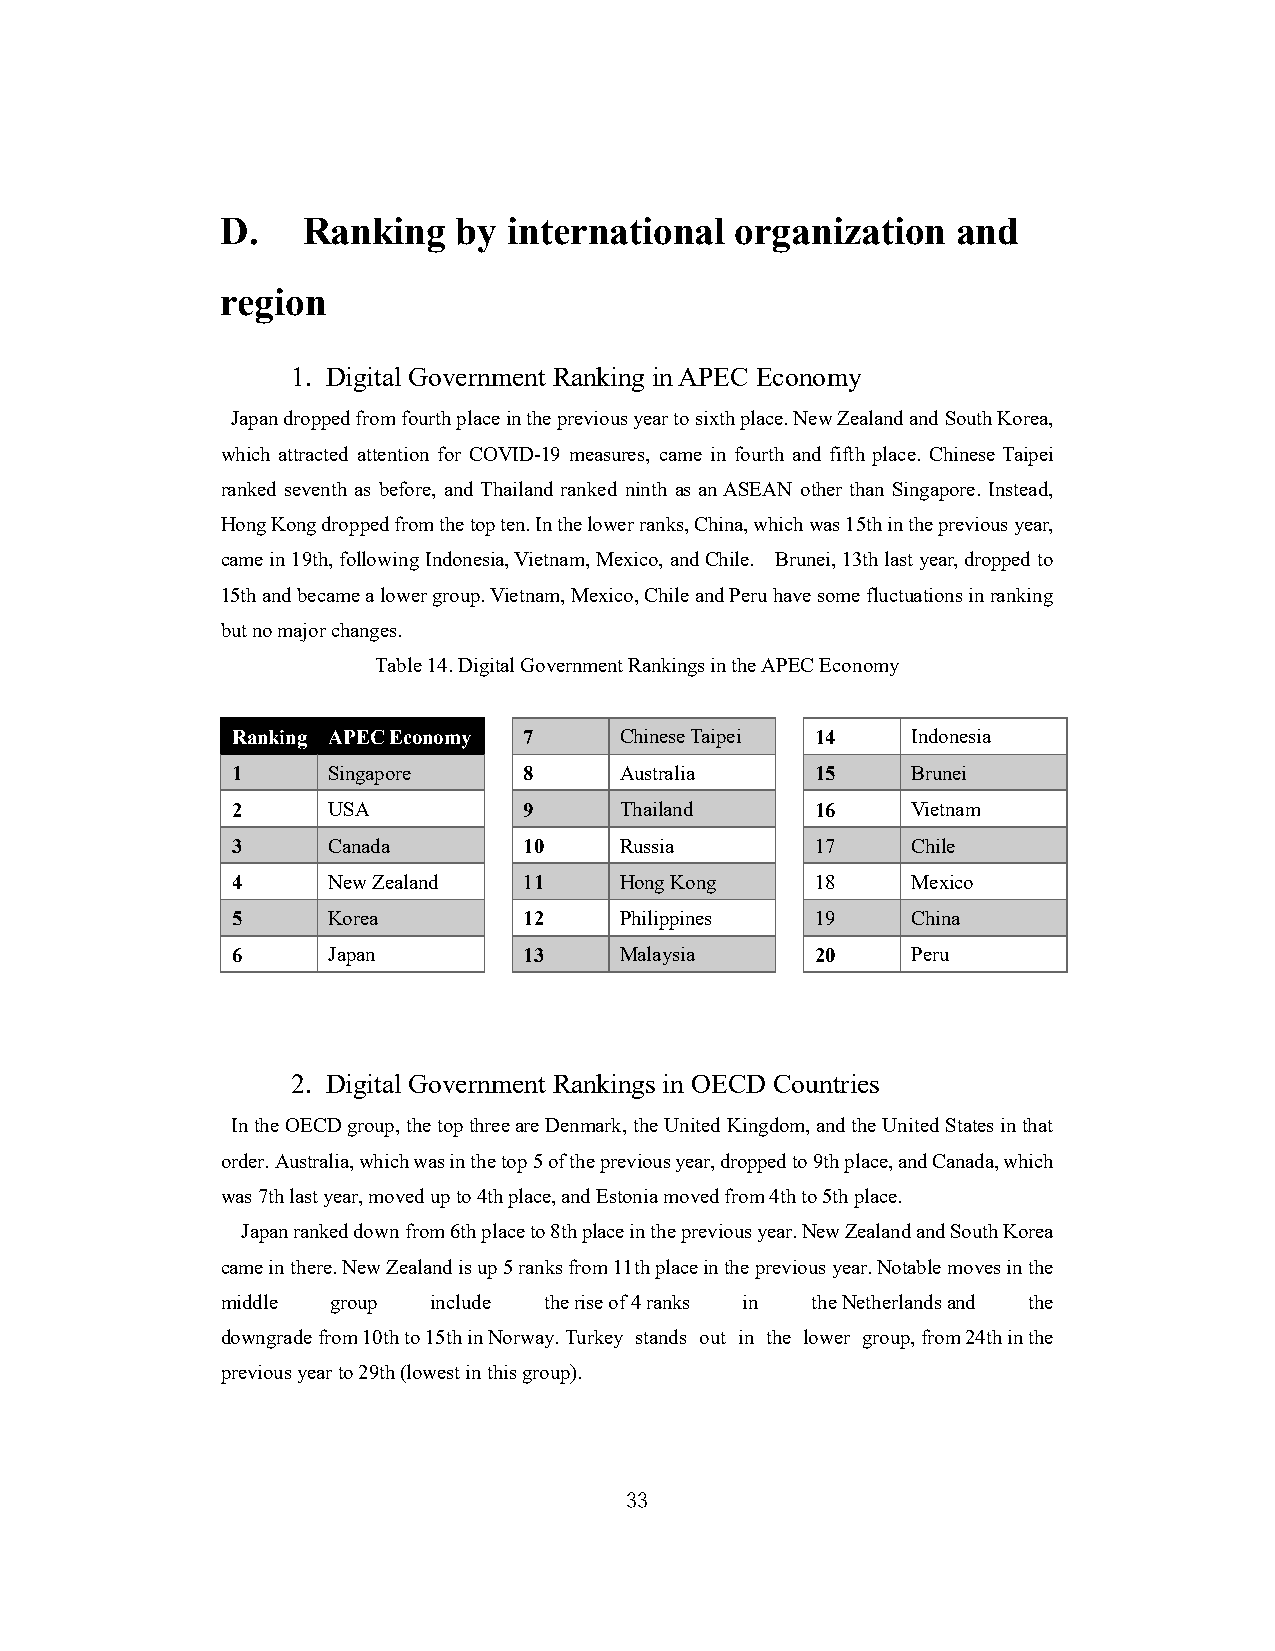
D.   Ranking   by  international  organization  and
 region
 1. Digital Government Ranking in APEC Economy
 Japan dropped from fourth place in the previous year to sixth place. New Zealand and South Korea,
 which attracted attention for COVID-19 measures, came in fourth and fifth place. Chinese Taipei
 ranked seventh as before, and Thailand ranked ninth as an ASEAN other than Singapore. Instead,
 Hong Kong dropped from the top ten. In the lower ranks, China, which was 15th in the previous year,
 came in 19th, following Indonesia, Vietnam, Mexico, and Chile. Brunei, 13th last year, dropped to
 15th and became a lower group. Vietnam, Mexico, Chile and Peru have some fluctuations in ranking
 but no major changes.
 Table 14. Digital Government Rankings in the APEC Economy
 Ranking APEC Economy 7    Chinese Taipei 14  Indonesia
 1      Singapore    8     Australia    15    Brunei
 2      USA          9     Thailand     16    Vietnam
 3      Canada       10    Russia       17    Chile
 4      New Zealand  11    Hong Kong    18    Mexico
 5      Korea        12    Philippines  19    China
 6      Japan        13    Malaysia     20    Peru
 2. Digital Government Rankings in OECD Countries
 In the OECD group, the top three are Denmark, the United Kingdom, and the United States in that
 order. Australia, which was in the top 5 of the previous year, dropped to 9th place, and Canada, which
 was 7th last year, moved up to 4th place, and Estonia moved from 4th to 5th place.
 Japan ranked down from 6th place to 8th place in the previous year. New Zealand and South Korea
 came in there. New Zealand is up 5 ranks from 11th place in the previous year. Notable moves in the
 middle group  include the rise of 4 ranks in the Netherlands and the
 downgrade from 10th to 15th in Norway. Turkey stands out in the lower group, from 24th in the
 previous year to 29th (lowest in this group).
 33